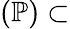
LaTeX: (\mathbb{P})\subset